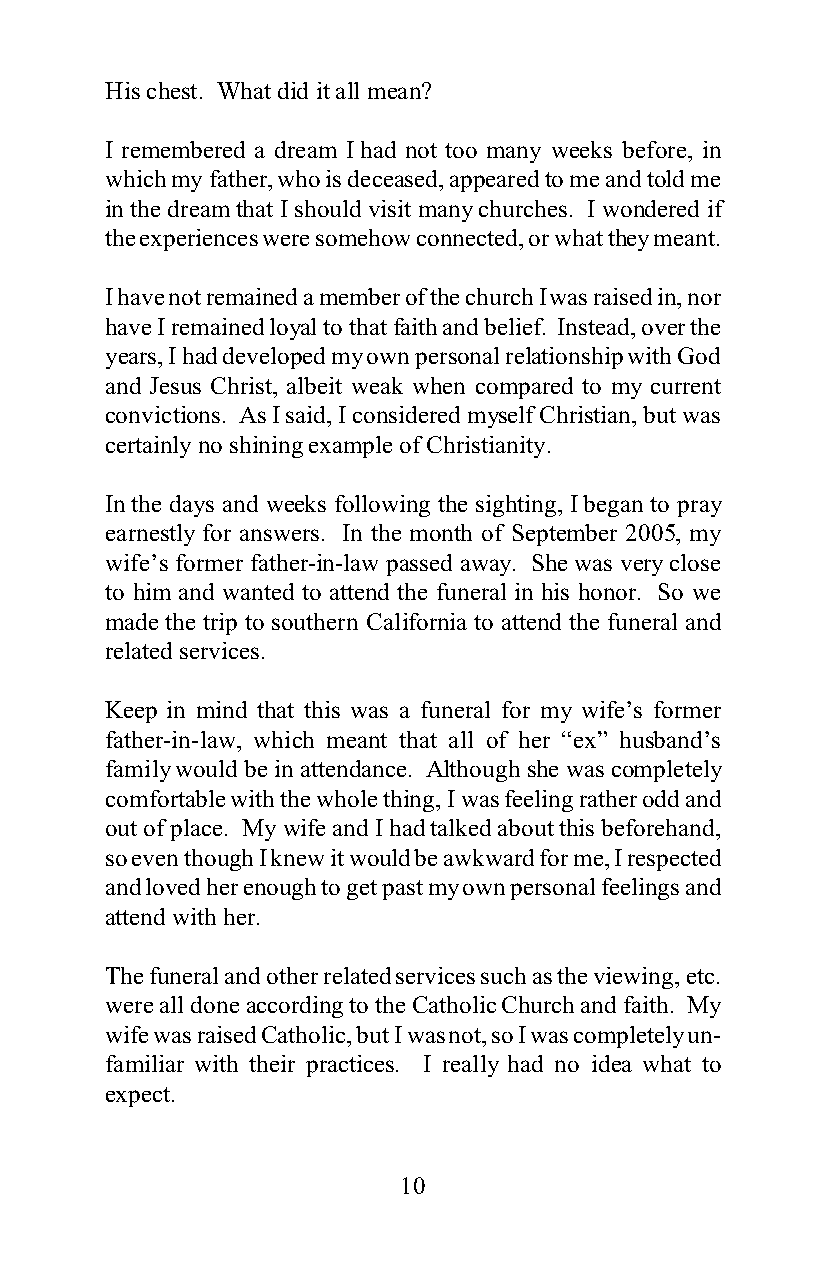
His chest. What did it all mean?
 I remembered a dream I had not too many weeks before, in
 which my father, who is deceased, appeared to me and told me
 in the dream that I should visit many churches. I wondered if
 the experiences were somehow connected, or what they meant.
 I have not remained a member of the church I was raised in, nor
 have I remained loyal to that faith and belief. Instead, over the
 years, I had developed my own personal relationship with God
 and Jesus Christ, albeit weak when compared to my current
 convictions. As I said, I considered myself Christian, but was
 certainly no shining example of Christianity.
 In the days and weeks following the sighting, I began to pray
 earnestly for answers. In the month of September 2005, my
 wife’s former father-in-law passed away. She was very close
 to him and wanted to attend the funeral in his honor. So we
 made the trip to southern California to attend the funeral and
 related services.
 Keep in mind that this was a funeral for my wife’s former
 father-in-law, which meant that all of her “ex” husband’s
 family would be in attendance. Although she was completely
 comfortable with the whole thing, I was feeling rather odd and
 out of place. My wife and I had talked about this beforehand,
 so even though I knew it would be awkward for me, I respected
 and loved her enough to get past my own personal feelings and
 attend with her.
 The funeral and other related services such as the viewing, etc.
 were all done according to the Catholic Church and faith. My
 wife was raised Catholic, but I was not, so I was completely un-
 familiar with their practices. I really had no idea what to
 expect.
 10